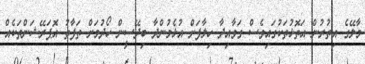
މާލޭގެ އިތުރުން އަތޮޅުތަކުގައިވެސް ގަވާއިދާ ހިލާފަށް އުޅެމުންދާ ބިދޭސީން ހޯދުމަށް ތަފާތު އޮޕަރޭޝަންތަކެއް